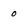
Character: 0